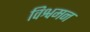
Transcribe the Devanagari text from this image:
विश्वमन